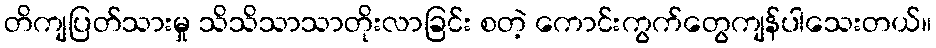
တိကျပြတ်သားမှု သိသိသာသာတိုးလာခြင်း စတဲ့ ကောင်းကွက်တွေကျန်ပါသေးတယ်။